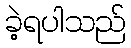
ခဲ့ရပါသည်